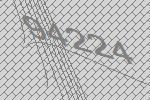
94224